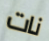
نات